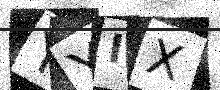
Text: YYIX